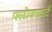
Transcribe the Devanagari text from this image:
फ्लोक्फार्ट